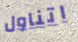
اتناول